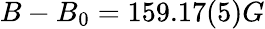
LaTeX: B-B_{0}=159.17(5)G